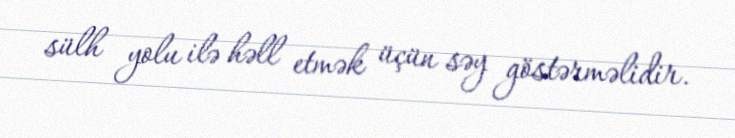
sülh yolu ilə həll etmək üçün səy göstərməlidir.